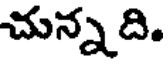
చున్నది.